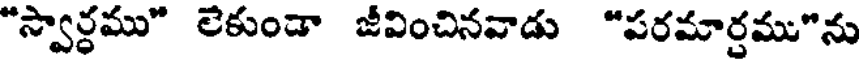
"స్వార్ధము" లెకుండా జీవించినవాడు "పరమార్తము"ను